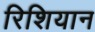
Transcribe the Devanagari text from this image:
रिशियान